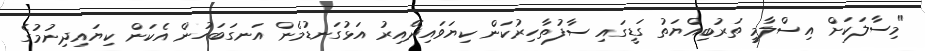
"މިސާލަކަށް އިސްލާމީ ތަރުބިއްޔަތު ގަޑީގައި ސާފުތާހިރުކަން ކިޔަވައިދޭއިރު އަޅުގަނޑުމެން އަނގަބަހުން އެކަން ކިޔައިދިނުމުގެ